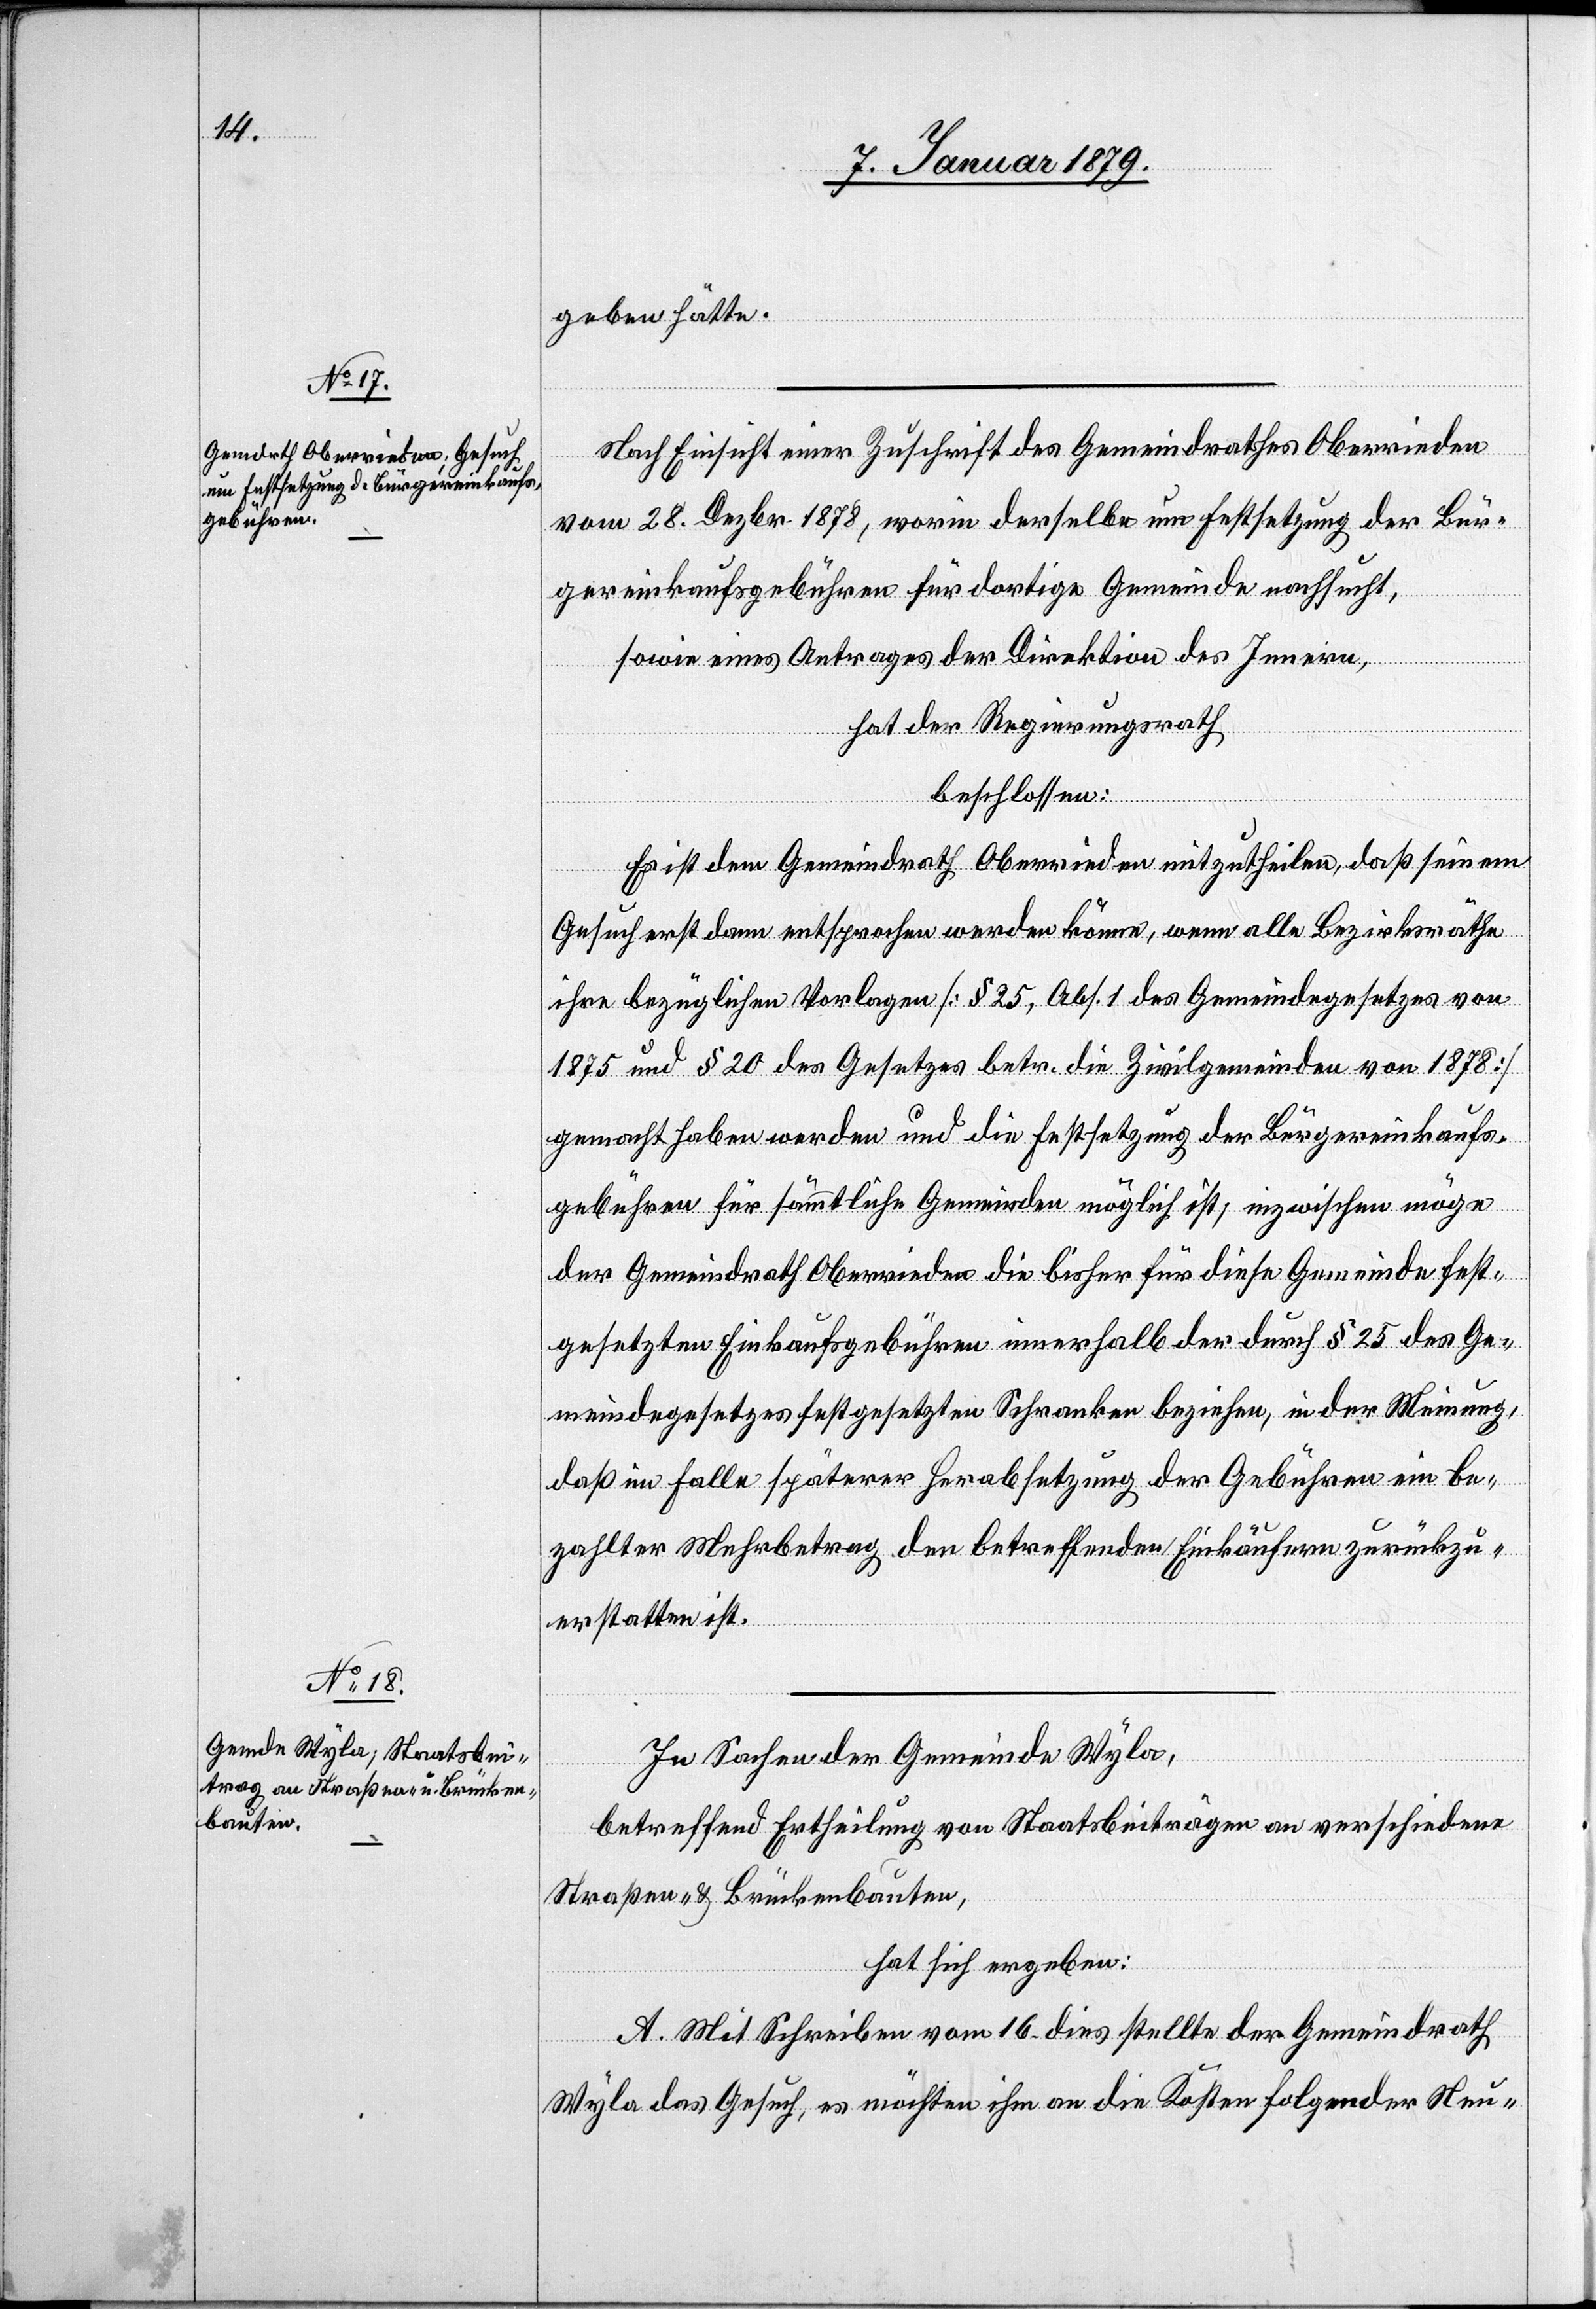
geben hätte.
Nach Einsicht einer Zuschrift des Gemeindrathes Oberrieden
vom 28. Dezbr. 1878, worin derselbe um Festsetzung der Bür¬
gereinkaufsgebühren für dortige Gemeinde nachsucht,
sowie eines Antrages der Direktion des Innern,
hat der Regierungsrath
beschlossen:
Es ist dem Gemeindrath Oberrieden mitzutheilen, daß seinem
Gesuch erst dann entsprochen werden könne, wenn alle Bezirksräthe
ihre bezüglichen Vorlagen [§ 15, Abs. 1 des Gemeindegesetzes von
1875 und § 20 des Gesetzes betr. die Zivilgemeinden von 1878]
gemacht haben werden und die Festsetzung der Bürgereinkaufs¬
gebühren für sämmtliche Gemeinden möglich ist; inzwischen möge
der Gemeindrath Oberrieden die bisher für diese Gemeinde fest¬
gesetzten Einkaufsgebühren innerhalb der durch § 25 des Ge¬
meindegesetzes festgesetzten Schranken beziehen, in der Meinung,
daß im Falle späterer Herabsetzung der Gebühren ein be¬
zahlter Mehrbetrag den betreffenden Einkäufern zurückzu¬
erstatten ist.
In Sachen der Gemeinde Wyla,
betreffend Ertheilung von Staatsbeiträgen an verschiedene
Straßen- & Brückenbauten,
hat sich ergeben:
A. Mit Schreiben vom 16. dies [sic!] stellte der Gemeindrath
Wyla das Gesuch, es möchten ihm an die Kosten folgender Neu-